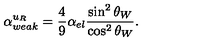
\alpha _ { w e a k } ^ { u _ { R } } = \frac { 4 } { 9 } \alpha _ { e l } \frac { \sin ^ { 2 } \theta _ { W } } { \cos ^ { 2 } \theta _ { W } } .